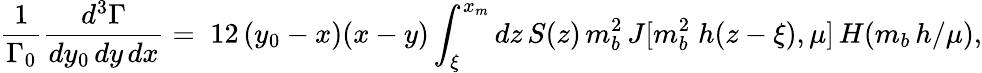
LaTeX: \frac 1{\Gamma_{0}}\frac{d^{3}\Gamma}{dy_{0}\, dy\, dx}=\; 12\, (y_{0}-x)(x-y)\int_{\xi}^{x_{m}}dz\, S(z)\, m_{b}^{2}\, J[m_{b}^{2}\; h(z-\xi),\mu]\, H(m_{b}\, h/\mu),